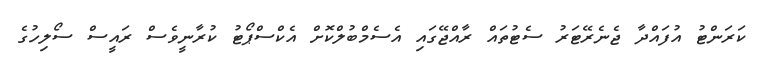
ކަރަންޓު އުފައްދާ ޖެނެރޭޓަރު ސެޓުތައް ރާއްޖޭގައި އެސެމްބުލްކޮށް އެކްސްޕޯޓު ކުރާނީވެސް ރައީސް ސޯލިހުގެ